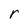
Character: r